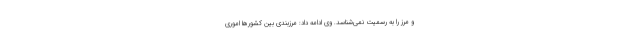
و مرز را به رسمیت نمی‌شناسد. وی ادامه داد: مرزبندی بین کشورها اموری